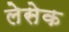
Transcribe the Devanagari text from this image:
लेसेक